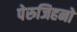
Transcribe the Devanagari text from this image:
पेरुजिहनो